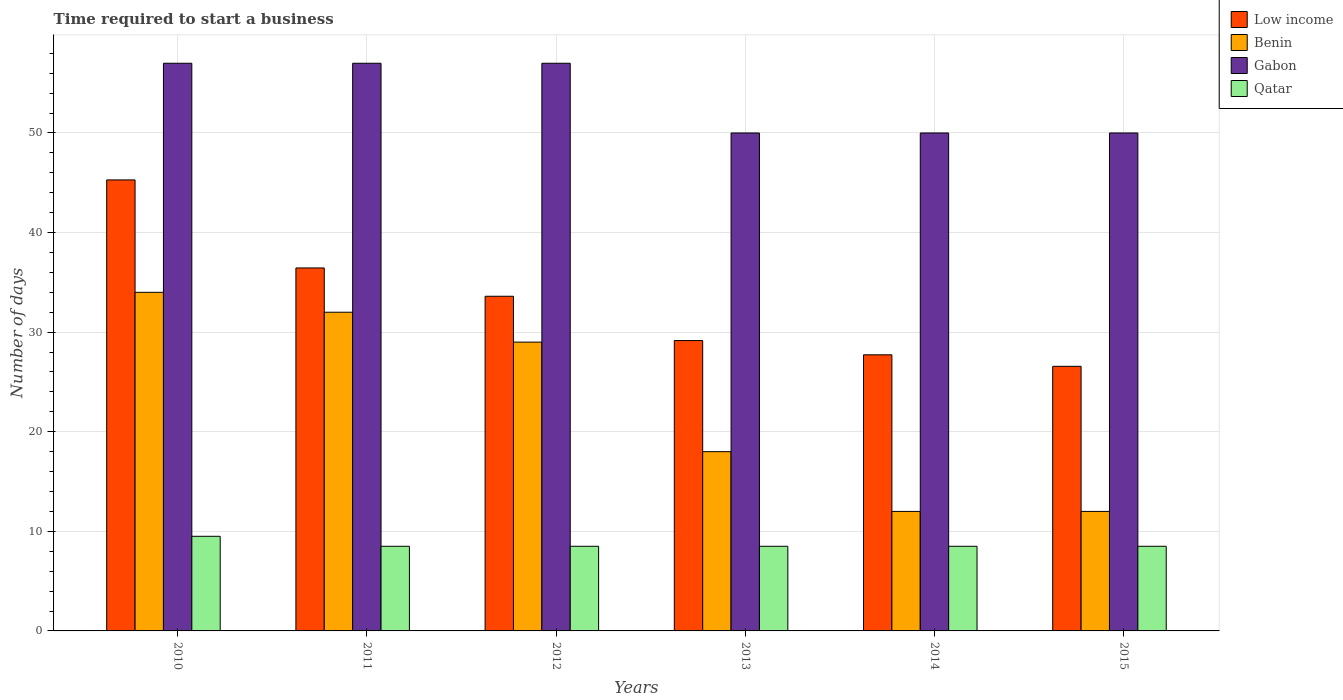
| Years | Low income | Benin | Gabon | Qatar |
 | --- | --- | --- | --- | --- |
 | 2010 | 45.3 | 34 | 57 | 9.5 |
 | 2011 | 36.4 | 32 | 57 | 8.5 |
 | 2012 | 33.6 | 29 | 57 | 8.5 |
 | 2013 | 29.2 | 18 | 50 | 8.5 |
 | 2014 | 27.7 | 12 | 50 | 8.5 |
 | 2015 | 26.6 | 12 | 50 | 8.5 |